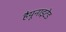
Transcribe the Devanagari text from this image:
हैयूनाइटेड